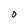
Character: O